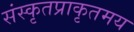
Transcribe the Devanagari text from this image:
संस्कृतप्राकृतमय